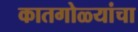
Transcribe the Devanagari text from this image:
कातगोळ्यांचा